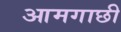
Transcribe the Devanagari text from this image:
आमगाछी